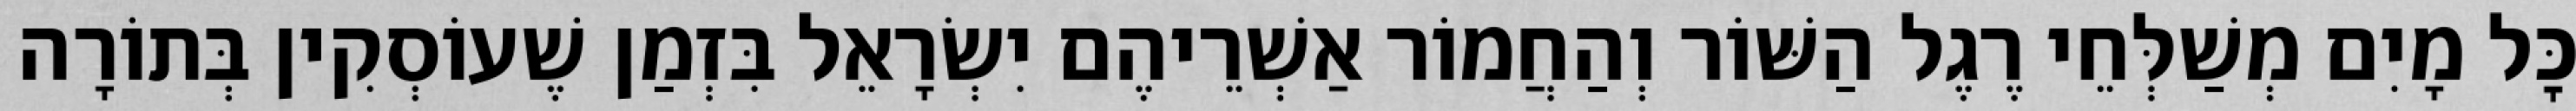
כׇּל מָיִם מְשַׁלְּחֵי רֶגֶל הַשּׁוֹר וְהַחֲמוֹר אַשְׁרֵיהֶם יִשְׂרָאֵל בִּזְמַן שֶׁעוֹסְקִין בְּתוֹרָה